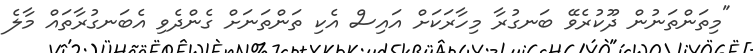
"މިތަންތަނުން ދޫކުރެވޭ ބަނގުރާ މިހާރަކަށް އައިސް އެކި ތަންތަނަށް ގެންދެވި އެބަނގުރާތައް މާލެ